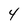
Character: 4